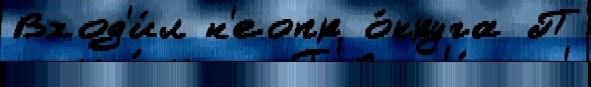
Вход'и́л н'еопр о́круга П